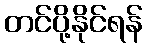
တင်ပို့နိုင်ရန်